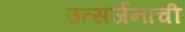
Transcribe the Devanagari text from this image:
उत्सर्जनांची